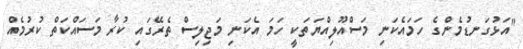
"އަޅުގަނޑުމެންގެ ހަމައެކަނި މަސްއޫލިއްޔަތަކީ ހަމަ އެކަނި މަޖިލިސް ތެރޭގައި ކުރާ މަސައްކަތް ކުރުމެއް